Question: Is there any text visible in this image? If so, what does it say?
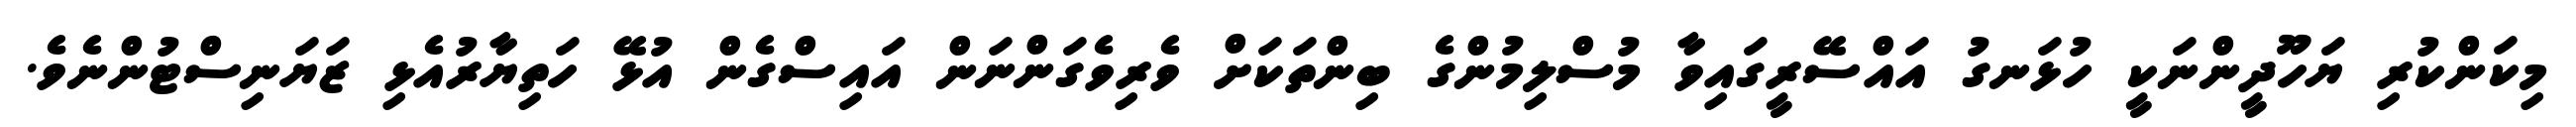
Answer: މިކަންކުރި ޔަހޫދީންނަކީ ހުޅަނގު އައްސޭރީގައިވާ މުސްލިމުންގެ ބިންތަކަށް ވެރިވެގަންނަން އައިސްގެން އުޅޭ ހަތިޔާރުއެޅި ޒަޔަނިސްޓުންނެވެ.